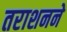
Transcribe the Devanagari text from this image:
तराशनने